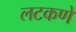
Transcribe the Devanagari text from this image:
लटकणे